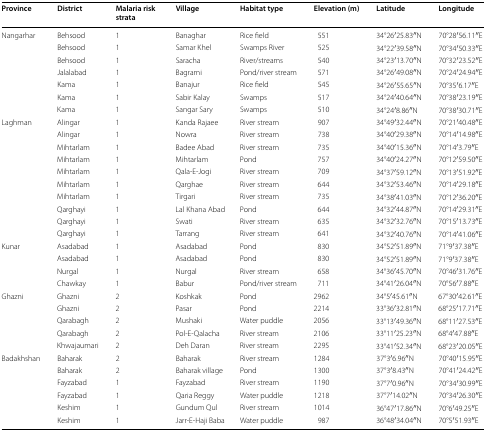
<table><thead><tr><td><b>Province</b></td><td><b>District</b></td><td><b>Malaria risk strata</b></td><td><b>Village</b></td><td><b>Habitat type</b></td><td><b>Elevation (m)</b></td><td><b>Latitude</b></td><td><b>Longitude</b></td></tr></thead><tbody><tr><td rowspan="7">Nangarhar</td><td>Behsood</td><td>1</td><td>Banaghar</td><td>Rice field</td><td>551</td><td>34°26′25.83′′N</td><td>70°28′56.11′′E</td></tr><tr><td>Behsood</td><td>1</td><td>Samar Khel</td><td>Swamps River</td><td>525</td><td>34°22′39.58′′N</td><td>70°34′50.33′′E</td></tr><tr><td>Behsood</td><td>1</td><td>Saracha</td><td>River/streams</td><td>540</td><td>34°23′13.70′′N</td><td>70°32′23.52′′E</td></tr><tr><td>Jalalabad</td><td>1</td><td>Bagrami</td><td>Pond/river stream</td><td>571</td><td>34°26′49.08′′N</td><td>70°24′24.94′′E</td></tr><tr><td>Kama</td><td>1</td><td>Banajur</td><td>Rice field</td><td>545</td><td>34°26′55.65′′N</td><td>70°35′6.17′′E</td></tr><tr><td>Kama</td><td>1</td><td>Sabir Kalay</td><td>Swamps</td><td>517</td><td>34°24′40.64′′N</td><td>70°38′23.19′′E</td></tr><tr><td>Kama</td><td>1</td><td>Sangar Sary</td><td>Swamps</td><td>510</td><td>34°24′8.86′′N</td><td>70°38′30.71′′E</td></tr><tr><td rowspan="10">Laghman</td><td>Alingar</td><td>1</td><td>Kanda Rajaee</td><td>River stream</td><td>907</td><td>34°49′32.44′′N</td><td>70°21′40.48′′E</td></tr><tr><td>Alingar</td><td>1</td><td>Nowra</td><td>River stream</td><td>738</td><td>34°40′29.38′′N</td><td>70°14′14.98′′E</td></tr><tr><td>Mihtarlam</td><td>1</td><td>Badee Abad</td><td>River stream</td><td>735</td><td>34°40′15.36′′N</td><td>70°14′3.79′′E</td></tr><tr><td>Mihtarlam</td><td>1</td><td>Mihtarlam</td><td>Pond</td><td>757</td><td>34°40′24.27′′N</td><td>70°12′59.50′′E</td></tr><tr><td>Mihtarlam</td><td>1</td><td>Qala-E-Jogi</td><td>River stream</td><td>709</td><td>34°37′59.12′′N</td><td>70°13′51.92′′E</td></tr><tr><td>Mihtarlam</td><td>1</td><td>Qarghae</td><td>River stream</td><td>644</td><td>34°32′53.46′′N</td><td>70°14′29.18′′E</td></tr><tr><td>Mihtarlam</td><td>1</td><td>Tirgari</td><td>River stream</td><td>735</td><td>34°38′41.03′′N</td><td>70°12′36.20′′E</td></tr><tr><td>Qarghayi</td><td>1</td><td>Lal Khana Abad</td><td>Pond</td><td>644</td><td>34°32′44.87′′N</td><td>70°14′29.31′′E</td></tr><tr><td>Qarghayi</td><td>1</td><td>Swati</td><td>River stream</td><td>635</td><td>34°32′32.76′′N</td><td>70°15′13.73′′E</td></tr><tr><td>Qarghayi</td><td>1</td><td>Tarrang</td><td>River stream</td><td>641</td><td>34°32′40.76′′N</td><td>70°14′41.06′′E</td></tr><tr><td rowspan="4">Kunar</td><td>Asadabad</td><td>1</td><td>Asadabad</td><td>Pond</td><td>830</td><td>34°52′51.89′′N</td><td>71°9′37.38′′E</td></tr><tr><td>Asadabad</td><td>1</td><td>Asadabad</td><td>Pond</td><td>830</td><td>34°52′51.89′′N</td><td>71°9′37.38′′E</td></tr><tr><td>Nurgal</td><td>1</td><td>Nurgal</td><td>River stream</td><td>658</td><td>34°36′45.70′′N</td><td>70°46′31.76′′E</td></tr><tr><td>Chawkay</td><td>1</td><td>Babur</td><td>Pond/river stream</td><td>711</td><td>34°41′26.04′′N</td><td>70°56′7.88′′E</td></tr><tr><td rowspan="5">Ghazni</td><td>Ghazni</td><td>2</td><td>Koshkak</td><td>Pond</td><td>2962</td><td>34°5′45.61′′N</td><td>67°30′42.61′′E</td></tr><tr><td>Ghazni</td><td>2</td><td>Pasar</td><td>Pond</td><td>2214</td><td>33°36′32.81′′N</td><td>68°25′17.71′′E</td></tr><tr><td>Qarabagh</td><td>2</td><td>Mushaki</td><td>Water puddle</td><td>2056</td><td>33°13′49.36′′N</td><td>68°11′27.53′′E</td></tr><tr><td>Qarabagh</td><td>2</td><td>Pol-E-Qalacha</td><td>River stream</td><td>2106</td><td>33°11′25.23′′N</td><td>68°4′47.88′′E</td></tr><tr><td>Khwajaumari</td><td>2</td><td>Deh Daran</td><td>River stream</td><td>2295</td><td>33°41′52.34′′N</td><td>68°23′20.05′′E</td></tr><tr><td rowspan="6">Badakhshan</td><td>Baharak</td><td>2</td><td>Baharak</td><td>River stream</td><td>1284</td><td>37°3′6.96′′N</td><td>70°40′15.95′′E</td></tr><tr><td>Baharak</td><td>2</td><td>Baharak village</td><td>Pond</td><td>1300</td><td>37°3′8.43′′N</td><td>70°41′24.42′′E</td></tr><tr><td>Fayzabad</td><td>1</td><td>Fayzabad</td><td>River stream</td><td>1190</td><td>37°7′0.96′′N</td><td>70°34′30.99′′E</td></tr><tr><td>Fayzabad</td><td>1</td><td>Qaria Reggy</td><td>Water puddle</td><td>1218</td><td>37°7′14.02′′N</td><td>70°34′26.30′′E</td></tr><tr><td>Keshim</td><td>1</td><td>Gundum Qul</td><td>River stream</td><td>1014</td><td>36°47′17.86′′N</td><td>70°6′49.25′′E</td></tr><tr><td>Keshim</td><td>1</td><td>Jarr-E-Haji Baba</td><td>Water puddle</td><td>987</td><td>36°48′34.04′′N</td><td>70°5′51.93′′E</td></tr></tbody></table>